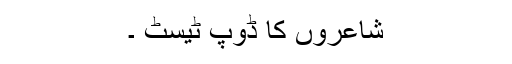
شاعروں کا ڈوپ ٹیسٹ ۔